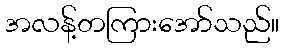
အလန့်တကြားအော်သည်။